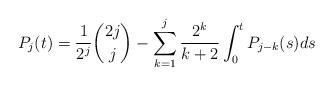
LaTeX: \begin{align*}P_j(t) = \frac{1}{2^j}\binom{2j}{j}-\sum\limits_{k=1}^j\frac{2^{k}}{k+2}\int_0^t P_{j-k}(s)ds\end{align*}